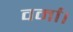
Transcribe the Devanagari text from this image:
वर्मा।